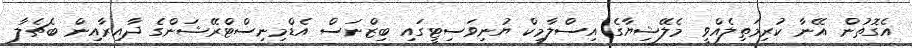
އެގޮތުން އޭނާ ކުރިމަތިލެއްވީ މެލޭޝިޔާގެ އިސްލާމިކް ޔުނިވަސިޓީގައި ބިޒްނަސް އެޑްމިނިސްޓްރޭޝަންގެ ދާއިރާއިން ބެޗެލާ